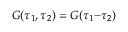
G ( \tau _ { 1 } , \tau _ { 2 } ) = G ( \tau _ { 1 } { - } \tau _ { 2 } )